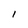
Character: I